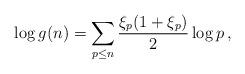
LaTeX: \begin{align*}\log g(n)=\sum_{p\leq n} {\frac{\xi_{p}(1+\xi_{p})}{2}} \log p\,,\end{align*}